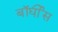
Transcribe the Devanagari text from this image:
बॉर्घीस